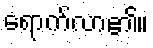
ရောက်လာ၏။